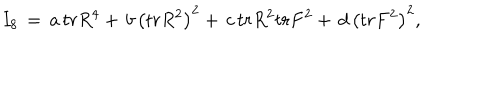
I _ { 8 } \, = \, a \, t r R ^ { 4 } + \, b \, \left( t r R ^ { 2 } \right) ^ { 2 } + \, c \, t r R ^ { 2 } t r F ^ { 2 } + \, d \, \left( t r F ^ { 2 } \right) ^ { 2 } ,